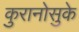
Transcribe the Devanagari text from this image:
कुरानोसुके